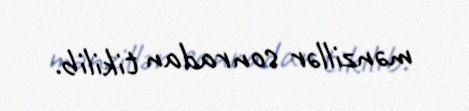
mənzillər sonradan tikilib.